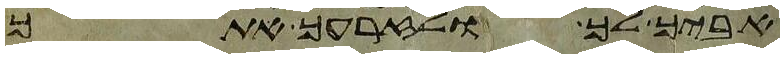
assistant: אביך לך ולזרעך אתך